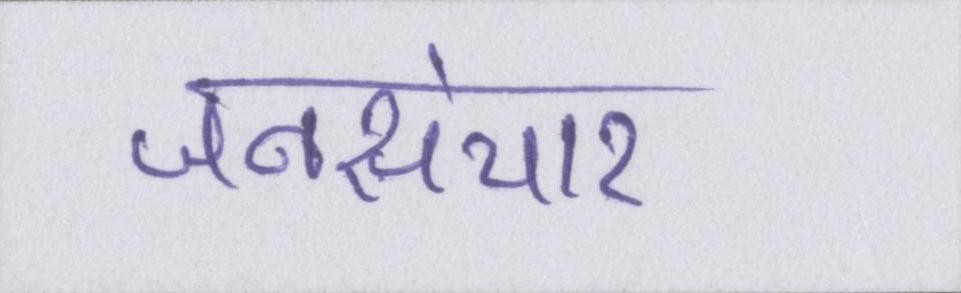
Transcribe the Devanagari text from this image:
जनसंचार